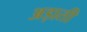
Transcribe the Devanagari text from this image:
अड़ाती